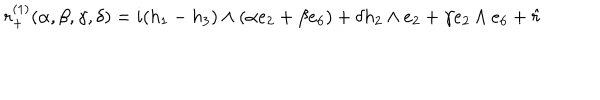
LaTeX: r _ { + } ^ { ( 1 ) } ( \alpha , \beta , \gamma , \delta ) = i ( h _ { 1 } - h _ { 3 } ) \wedge ( \alpha e _ { 2 } + \beta e _ { 6 } ) + \delta h _ { 2 } \wedge e _ { 2 } + \gamma e _ { 2 } \wedge e _ { 6 } + \hat { r }